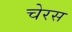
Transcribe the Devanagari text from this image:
चेरस